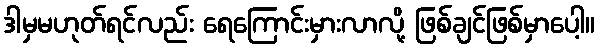
ဒါမှမဟုတ်ရင်လည်း ရေကြောင်းမှားလာလို့ ဖြစ်ချင်ဖြစ်မှာပေါ့။